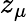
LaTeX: z_{\mu}